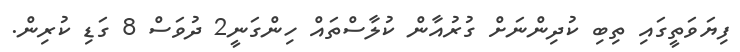
ފިޔަވަތީގައި ތިބި ކުދިންނަށް ގުރުއާން ކުލާސްތައް ހިންގަނީ2 ދުވަސް 8 ގަޑި ކުރިން.